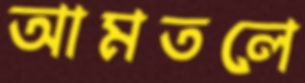
আমতলে